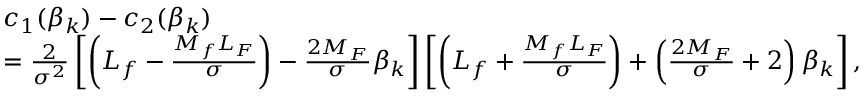
\begin{array} { r l } & { c _ { 1 } ( \beta _ { k } ) - c _ { 2 } ( \beta _ { k } ) } \\ & { = \frac { 2 } { \sigma ^ { 2 } } \left[ \left( L _ { f } - \frac { M _ { f } L _ { F } } { \sigma } \right) - \frac { 2 M _ { F } } { \sigma } \beta _ { k } \right] \left[ \left( L _ { f } + \frac { M _ { f } L _ { F } } { \sigma } \right) + \left( \frac { 2 M _ { F } } { \sigma } + 2 \right) \beta _ { k } \right] , } \end{array}